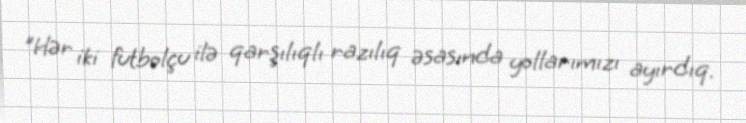
"Hər iki futbolçu ilə qarşılıqlı razılıq əsasında yollarımızı ayırdıq.